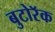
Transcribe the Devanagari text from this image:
बुटोरॅक